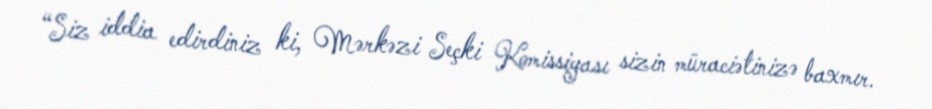
“Siz iddia edirdiniz ki, Mərkəzi Seçki Komissiyası sizin müraciətinizə baxmır.